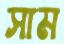
সাম